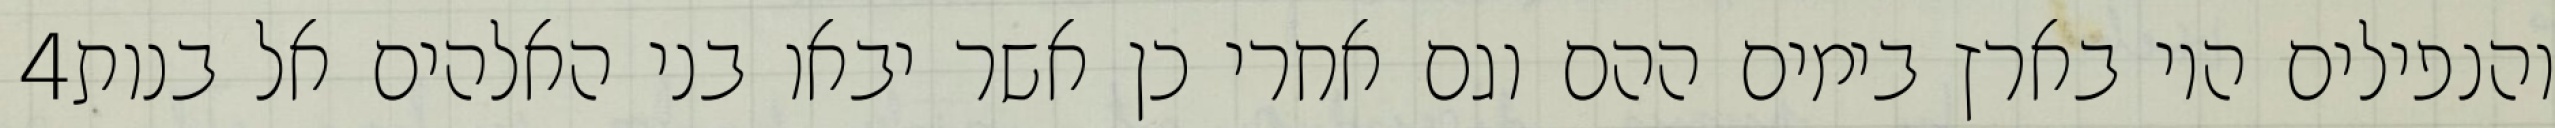
‎4‏ והנפילים היו בארץ בימים ההם וגם אחרי כן אשר יבאו בני האלהים אל בנות